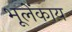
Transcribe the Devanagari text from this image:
भूलेंकाय